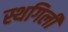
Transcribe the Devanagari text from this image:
स्थगिली